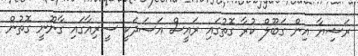
ރަޝިޔާ އިން ގަބޫލް ކުރާ ގޮތުގައި ރައީސް އަސަދަކީ ސީރިއާގައި ގާނޫނީ ގޮތުން